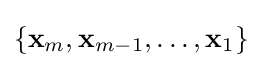
\left\{\mathbf {x} _{m},\mathbf {x} _{m-1},\dots ,\mathbf {x} _{1}\right\}